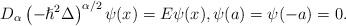
\begin{align*}D_{\alpha}\left( -\hslash^{2}\Delta\right) ^{\alpha/2}\psi(x)=E\psi(x),\psi(a)=\psi(-a)=0.\end{align*}